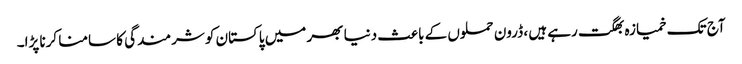
آج تک خمیازہ بھگت رہے ہیں ، ڈرون حملوں کے باعث دنیا بھر میں پاکستان کو شرمندگی کا سامنا کرنا پڑا۔